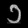
Digit: ၁